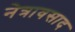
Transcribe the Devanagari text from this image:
नेत्रावसाद